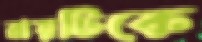
রায়টিকে